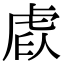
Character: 𧆩